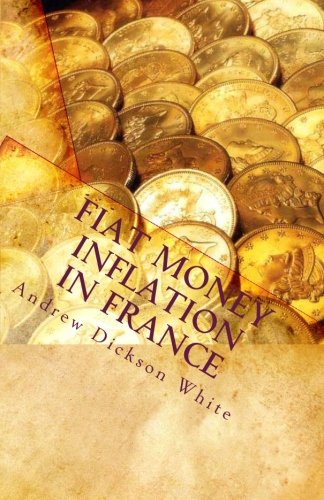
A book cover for Fiat Money Inflation in France; Andrew Dickson White; Business & Money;